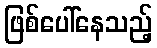
ဖြစ်ပေါ်နေသည့်